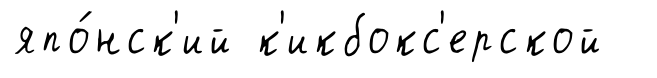
япо́нск'ий к'икбокс'ерской